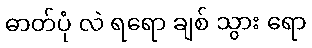
ဓာတ်ပုံ လဲ ရရော ချစ် သွား ရော